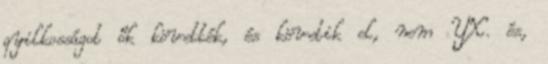
gyilkosságot ők követték, és követik el, nem YX. és,